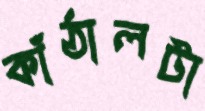
কাঁঠালটা